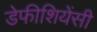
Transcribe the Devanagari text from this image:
डेफीशियेंसी